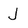
Character: J